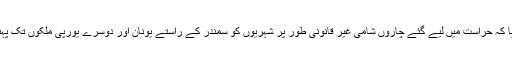
العربیہ کے نامہ نگار زیدان زنکلو نے بتایا کہ حراست میں لیے گئے چاروں شامی غیر قانونی طور پر شہریوں کو سمندر کے راستے یونان اور دوسرے یورپی ملکوں تک پہنچانے کی سرگرمیوں میں ملوث رہے ہیں۔